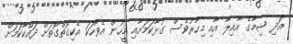
އަދި ޝިމާގެ އާއިލާ އާއި މިހާރުވެސް ގުޅާކަމަށާއި މީހުން އެވާހަކަ އެކިގޮތްގޮތަށް ދައްކާކަމަށް